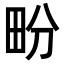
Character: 𤰪